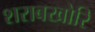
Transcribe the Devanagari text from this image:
शराबखोरि